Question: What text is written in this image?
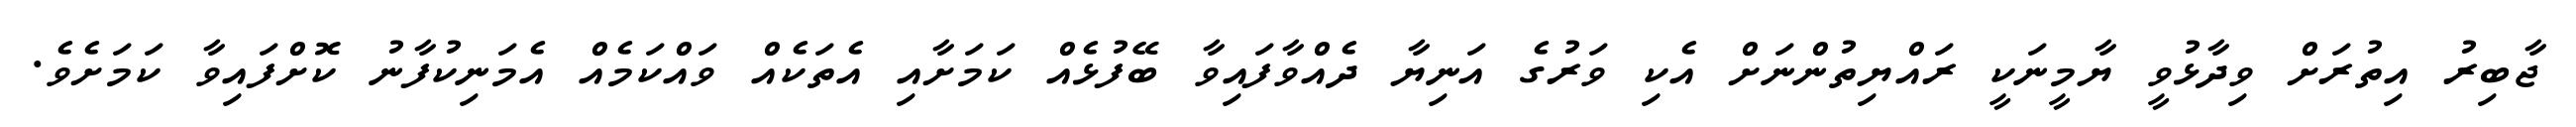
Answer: ޖާބިރު އިތުރަށް ވިދާޅުވީ ޔާމީނަކީ ރައްޔިތުންނަށް އެކި ވަރުގެ އަނިޔާ ދެއްވާފައިވާ ބޭފުޅެއް ކަމަށާއި އެތަކެއް ވައްކަމެއް އެމަނިކުފާނު ކޮށްފައިވާ ކަމަށެވެ.